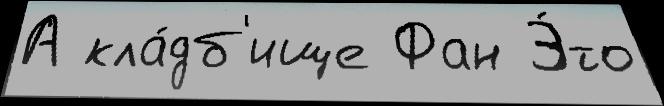
А кла́дб'ище Фан Э́то